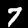
Label: 7